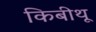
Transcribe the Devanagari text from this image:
किबीथू